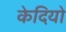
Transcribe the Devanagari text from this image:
केदियो